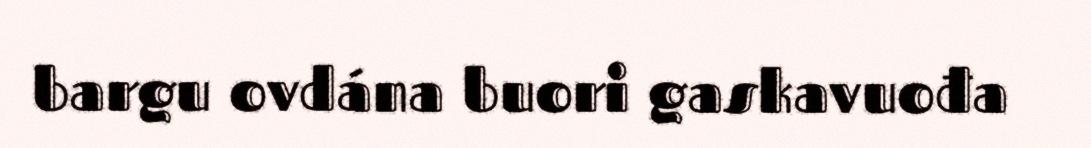
bargu ovdána buori gaskavuođa